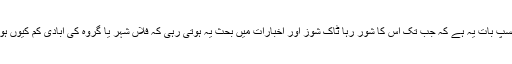
دلچسپ بات یہ ہے کہ جب تک اِس کا شور رہا ٹاک شوز اور اخبارات میں بحث یہ ہوتی رہی کہ فلاں شہر یا گروہ کی آبادی کم کیوں ہوئی۔